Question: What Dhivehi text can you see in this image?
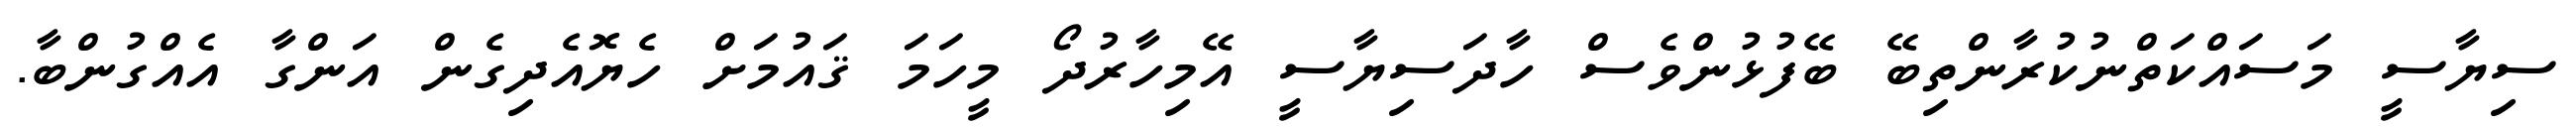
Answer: ސިޔާސީ މަސައްކަތްނުކުރާންތިބޭ ބޭފުޅުންވެސް ހާދަސިޔާސީ އޭމިހާރުދޯ މީހަމަ ޤައުމަށް ހެޔޮއެދިގެން އަންގާ އެއްގުންބާ.